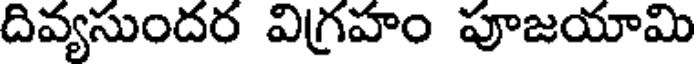
దివ్యసుందర విగ్రహం పూజయామి